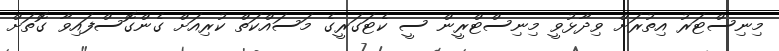
މިނިސްޓަރު އިތުރަށް ވިދާޅުވީ މިނިސްޓްރީން ސީ ކެޓަގަރީގެ މަސައްކަތް ކުރިއަށް ގެންގޮސްފައިވާ ގޮތަށް